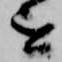
を